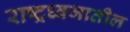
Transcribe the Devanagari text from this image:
राष्ट्रध्वजातील